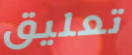
تعليق